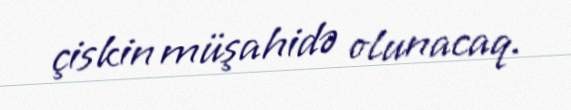
çiskin müşahidə olunacaq.